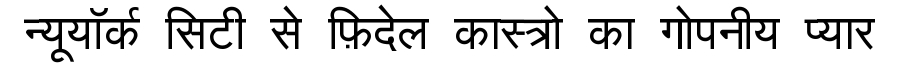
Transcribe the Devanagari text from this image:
न्यूयॉर्क सिटी से फ़िदेल कास्त्रो का गोपनीय प्यार